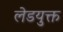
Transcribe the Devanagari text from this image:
लेडयुक्त